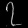
Digit: ၇